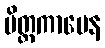
မိတ္တကာမေန